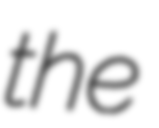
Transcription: the